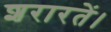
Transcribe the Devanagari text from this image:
शरारतें।